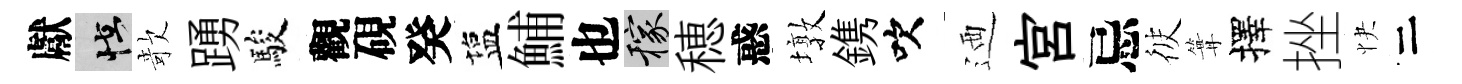
獻怪欹踴駿觀硯癸塩鯆也稼穂惑墩鎸吹迺宫忌彼篝擇挫快二